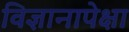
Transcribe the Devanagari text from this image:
विज्ञानापेक्षा